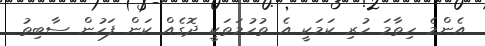
އެންމެ ހިތާމަ ހުރި ކަމަކީ އެ ތުހުމަތަކީ ދޮގެއް ކަން ފަހުން ސާބިތު